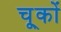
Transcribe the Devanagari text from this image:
चू्कों